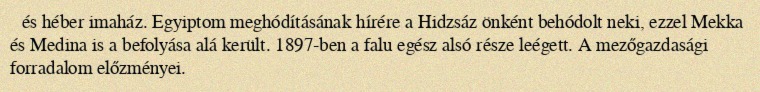
és héber imaház. Egyiptom meghódításának hírére a Hidzsáz önként behódolt neki, ezzel Mekka és Medina is a befolyása alá került. 1897-ben a falu egész alsó része leégett. A mezőgazdasági forradalom előzményei.